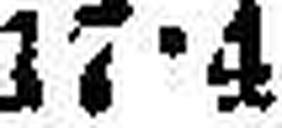
17•4